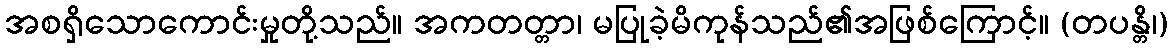
အစရှိသောကောင်းမှုတို့သည်။ အကတတ္တာ၊ မပြုခဲ့မိကုန်သည်၏အဖြစ်ကြောင့်။ (တပန္တိ၊)